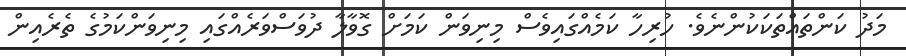
މަދު ކަންތައްތަކަކުންނެވެ. ހުރިހާ ކަމެއްގައިވެސް މިނިވަން ކަމަށް ގޮވާލާ ދުވަސްވަރެއްގައި މިނިވަންކަމުގެ ތެރެއިން